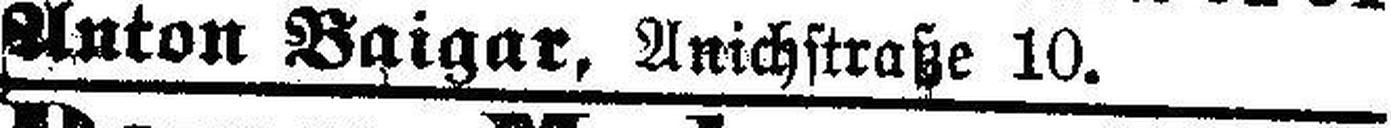
Anton Baigar, Anichstraße 10.